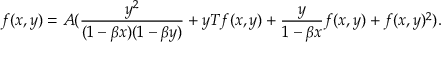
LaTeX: f ( x , y ) = A ( \frac { y ^ { 2 } } { ( 1 - \beta x ) ( 1 - \beta y ) } + y T f ( x , y ) + \frac { y } { 1 - \beta x } f ( x , y ) + f ( x , y ) ^ { 2 } ) .